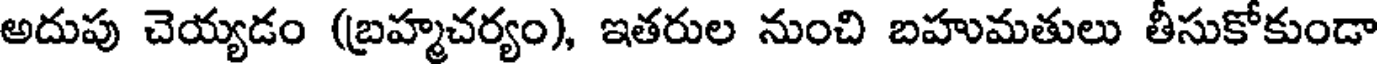
అదుపు చెయ్యడం (బ్రహ్మచర్యం), ఇతరుల నుంచి బహుమతులు తీసుకోకుండా